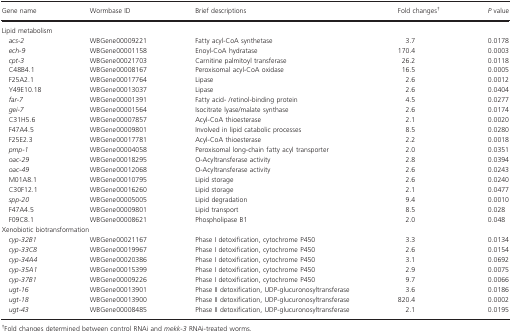
<table><thead><tr><td><b>Gene name</b></td><td><b>Wormbase ID</b></td><td><b>Brief descriptions</b></td><td><b>Fold changes†</b></td><td><b><i>P</i> value</b></td></tr></thead><tbody><tr><td colspan="5">Lipid metabolism</td></tr><tr><td> <i>acs-2</i></td><td>WBGene00009221</td><td>Fatty acyl-CoA synthetase</td><td>3.7</td><td>0.0178</td></tr><tr><td> <i>ech-9</i></td><td>WBGene00001158</td><td>Enoyl-CoA hydratase</td><td>170.4</td><td>0.0003</td></tr><tr><td> <i>cpt-3</i></td><td>WBGene00021703</td><td>Carnitine palmitoyl transferase</td><td>26.2</td><td>0.0118</td></tr><tr><td> C48B4.1</td><td>WBGene00008167</td><td>Peroxisomal acyl-CoA oxidase</td><td>16.5</td><td>0.0005</td></tr><tr><td> F25A2.1</td><td>WBGene00017764</td><td>Lipase</td><td>2.6</td><td>0.0012</td></tr><tr><td> Y49E10.18</td><td>WBGene00013037</td><td>Lipase</td><td>2.6</td><td>0.0404</td></tr><tr><td> <i>far-7</i></td><td>WBGene00001391</td><td>Fatty acid- /retinol-binding protein</td><td>4.5</td><td>0.0277</td></tr><tr><td> <i>gei-7</i></td><td>WBGene00001564</td><td>Isocitrate lyase/malate synthase</td><td>2.6</td><td>0.0174</td></tr><tr><td> C31H5.6</td><td>WBGene00007857</td><td>Acyl-CoA thioesterase</td><td>2.1</td><td>0.0020</td></tr><tr><td> F47A4.5</td><td>WBGene00009801</td><td>Involved in lipid catabolic processes</td><td>8.5</td><td>0.0280</td></tr><tr><td> F25E2.3</td><td>WBGene00017781</td><td>Acyl-CoA thioesterase</td><td>2.2</td><td>0.0018</td></tr><tr><td> <i>pmp-1</i></td><td>WBGene00004058</td><td>Peroxisomal long-chain fatty acyl transporter</td><td>2.0</td><td>0.0351</td></tr><tr><td> <i>oac-29</i></td><td>WBGene00018295</td><td>O-Acyltransferase activity</td><td>2.8</td><td>0.0394</td></tr><tr><td> <i>oac-49</i></td><td>WBGene00012068</td><td>O-Acyltransferase activity</td><td>2.6</td><td>0.0243</td></tr><tr><td> M01A8.1</td><td>WBGene00010795</td><td>Lipid storage</td><td>2.6</td><td>0.0240</td></tr><tr><td> C30F12.1</td><td>WBGene00016260</td><td>Lipid storage</td><td>2.1</td><td>0.0477</td></tr><tr><td> <i>spp-20</i></td><td>WBGene00005005</td><td>Lipid degradation</td><td>9.4</td><td>0.0010</td></tr><tr><td> F47A4.5</td><td>WBGene00009801</td><td>Lipid transport</td><td>8.5</td><td>0.028</td></tr><tr><td> F09C8.1</td><td>WBGene00008621</td><td>Phospholipase B1</td><td>2.0</td><td>0.048</td></tr><tr><td colspan="5">Xenobiotic biotransformation</td></tr><tr><td> <i>cyp-32B1</i></td><td>WBGene00021167</td><td>Phase I detoxification, cytochrome P450</td><td>3.3</td><td>0.0134</td></tr><tr><td> <i>cyp-33C8</i></td><td>WBGene00019967</td><td>Phase I detoxification, cytochrome P450</td><td>2.6</td><td>0.0154</td></tr><tr><td> <i>cyp-34A4</i></td><td>WBGene00020386</td><td>Phase I detoxification, cytochrome P450</td><td>3.1</td><td>0.0692</td></tr><tr><td> <i>cyp-35A1</i></td><td>WBGene00015399</td><td>Phase I detoxification, cytochrome P450</td><td>2.9</td><td>0.0075</td></tr><tr><td> <i>cyp-37B1</i></td><td>WBGene00009226</td><td>Phase I detoxification, cytochrome P450</td><td>9.7</td><td>0.0066</td></tr><tr><td> <i>ugt-16</i></td><td>WBGene00013901</td><td>Phase II detoxification, UDP-glucuronosyltransferase</td><td>3.6</td><td>0.0186</td></tr><tr><td> <i>ugt-18</i></td><td>WBGene00013900</td><td>Phase II detoxification, UDP-glucuronosyltransferase</td><td>820.4</td><td>0.0002</td></tr><tr><td> <i>ugt-43</i></td><td>WBGene00008485</td><td>Phase II detoxification, UDP-glucuronosyltransferase</td><td>2.1</td><td>0.0195</td></tr></tbody></table>